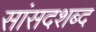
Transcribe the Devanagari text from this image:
सांसदशब्द